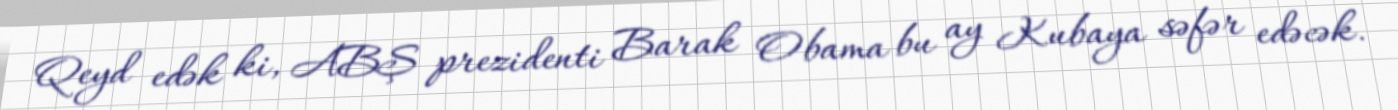
Qeyd edək ki, ABŞ prezidenti Barak Obama bu ay Kubaya səfər edəcək.